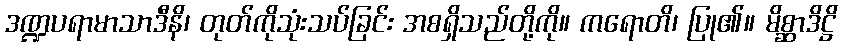
ဒဏ္ဍပရာမာသာဒီနိ၊ တုတ်ကိုသုံးသပ်ခြင်း အစရှိသည်တို့ကို။ ကရောတိ၊ ပြု၏။ မိစ္ဆာဒိဋ္ဌိ